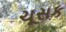
ચૂસક